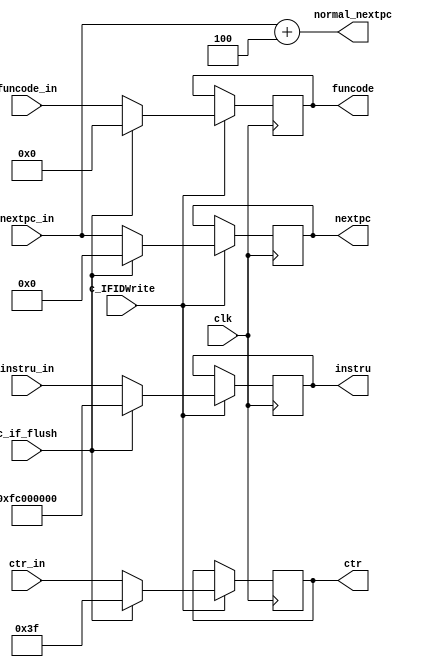
module pr_if_id(
  input clk,
  input c_IFIDWrite,
  input c_if_flush,
  input [5:0] ctr_in,
  input [5:0] funcode_in,
  input [31:0] instru_in,
  input [31:0] nextpc_in, // next pc
  output reg [5:0] ctr, // [31-26]
  output reg [5:0] funcode, // [5-0]
  output reg [31:0] instru, // [31-0]
  output reg [31:0] nextpc, // to next_pc.v
  output reg [31:0] normal_nextpc // pc+4, passing to pc
);

  initial begin
    ctr = 6'b111111;
    funcode = 6'b000000;
    instru = 32'b11111100000000000000000000000000;
    nextpc = 32'b0;
    normal_nextpc = 32'b0;
  end

  always @(posedge clk) begin
    if (c_IFIDWrite == 1) begin
      if (c_if_flush == 0) begin
        ctr = ctr_in;
        funcode = funcode_in;
        instru = instru_in;
        nextpc = nextpc_in;
      end else begin
        ctr = 6'b111111;
        funcode = 6'b000000;
        instru = 32'b11111100000000000000000000000000;
        nextpc = 32'b0;
      end
      // $display("funcode @ if/id: 0x%H",funcode);
    end
  end

  always @(*) begin
    normal_nextpc = nextpc_in + 4;
  end

endmodule